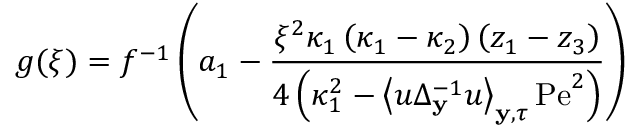
g ( \xi ) = f ^ { - 1 } \left( a _ { 1 } - \frac { \xi ^ { 2 } \kappa _ { 1 } \left( \kappa _ { 1 } - \kappa _ { 2 } \right) \left( z _ { 1 } - z _ { 3 } \right) } { 4 \left( \kappa _ { 1 } ^ { 2 } - \left\langle u \Delta _ { \mathbf { y } } ^ { - 1 } u \right\rangle _ { \mathbf { y } , \tau } \mathrm { P e } ^ { 2 } \right) } \right)